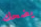
يضحك